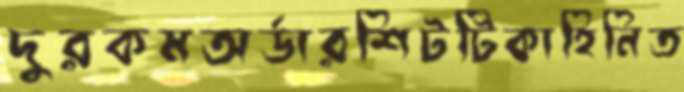
দুরকমঅর্ডারশিটটিকাহিনিত